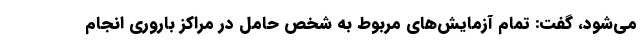
می‌شود، گفت: تمام آزمایش‌های مربوط به شخص حامل در مراکز باروری انجام